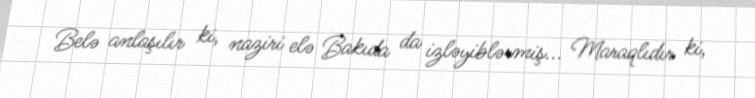
Belə anlaşılır ki, naziri elə Bakıda da izləyiblərmiş... Maraqlıdır ki,